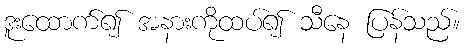
ဒူးထောက်၍ အနားကိုထပ်၍ သီနေ ပြန်သည်။